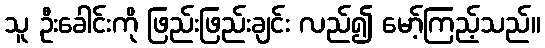
သူ ဦးခေါင်းကို ဖြည်းဖြည်းချင်း လည်၍ မော့်ကြည့်သည်။